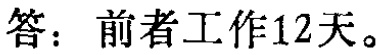
答：前者工作12天。